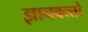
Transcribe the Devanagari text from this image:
ज्ञानवन्तो